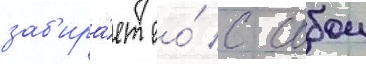
заб'ира́ет ео́ с собои